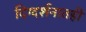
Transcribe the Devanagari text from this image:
दिग्दर्शनातही